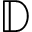
\mathbb { D }